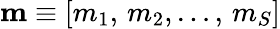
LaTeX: \mathbf{m}\equiv[m_{1},\, m_{2},\dots,\, m_{S}]